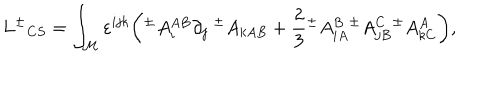
L { ^ { \pm } } _ { C S } = \int _ { \cal M } \varepsilon ^ { i j k } \bigg ( { ^ { \pm } } A _ { i } ^ { A B } \partial _ { j } { \ ^ { \pm } } A _ { k A B } + { \frac { 2 } { 3 } } { ^ { \pm } } A _ { i A } ^ { B } { ^ { \pm } } A _ { j B } ^ { C } { ^ { \pm } } A _ { k C } ^ { A } \bigg ) ,